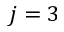
j = 3